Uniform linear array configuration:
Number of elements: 8
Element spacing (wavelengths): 1
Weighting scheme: binomial
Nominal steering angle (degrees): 45
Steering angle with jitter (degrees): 43.129
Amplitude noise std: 0.05
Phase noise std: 0.05

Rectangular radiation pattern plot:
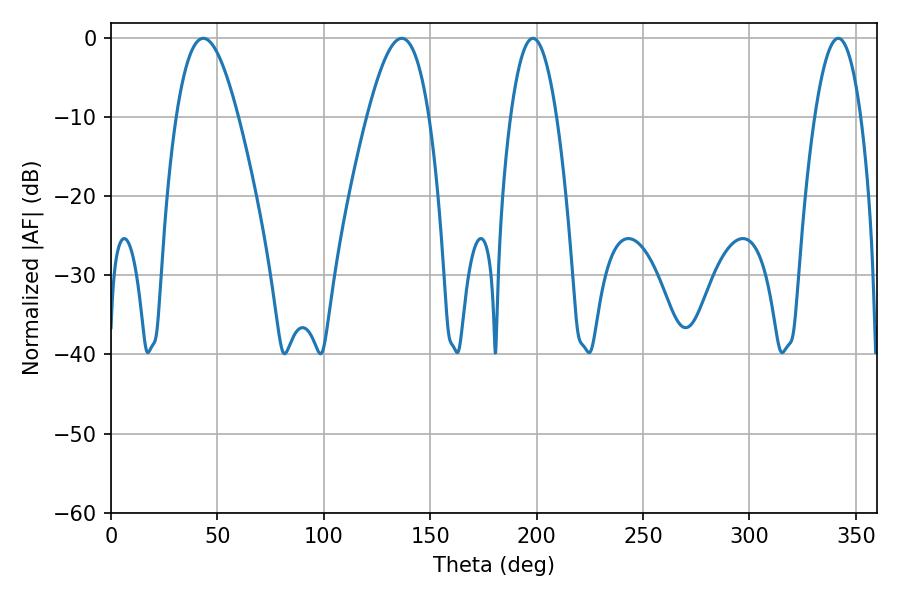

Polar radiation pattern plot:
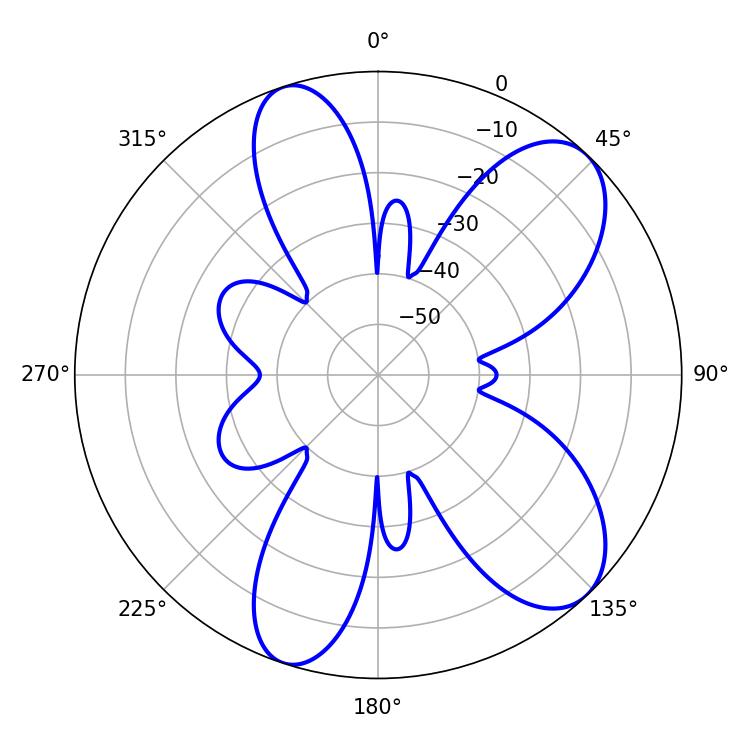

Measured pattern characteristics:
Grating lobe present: TRUE
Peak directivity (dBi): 8.649
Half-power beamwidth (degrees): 15.84
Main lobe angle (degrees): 43.38